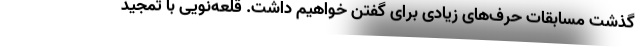
گذشت مسابقات حرف‌های زیادی برای گفتن خواهیم داشت. قلعه‌نویی با تمجید